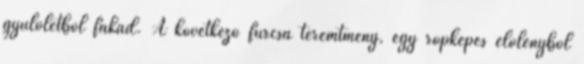
gyűlöletből fakad. A következő furcsa teremtmény, egy röpképes élőlényből